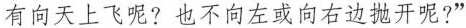
有向天上飞呢？也不向左或向右边抛开呢？”